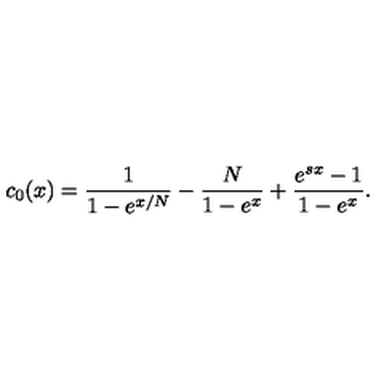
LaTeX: c _ { 0 } ( x ) = \frac { 1 } { 1 - e ^ { x / N } } - \frac { N } { 1 - e ^ { x } } + \frac { e ^ { s x } - 1 } { 1 - e ^ { x } } .